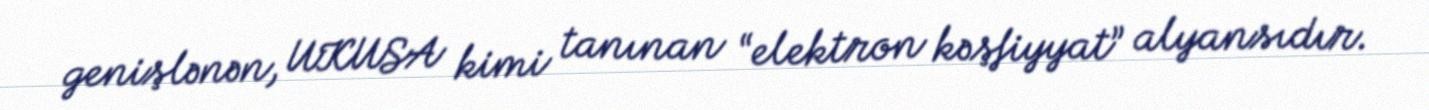
genişlənən, UKUSA kimi tanınan “elektron kəşfiyyat” alyansıdır.